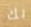
بك